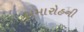
સમારોહની